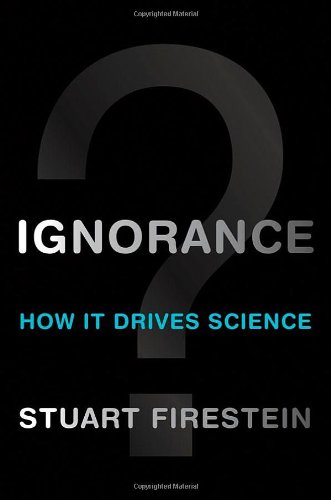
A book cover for Ignorance: How It Drives Science; Stuart Firestein; Science & Math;